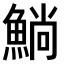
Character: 𫙥